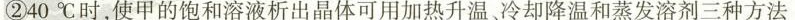
②40℃时，使甲的饱和溶液析出晶体可用加热升温冷却降温和蒸发溶剂三种方法